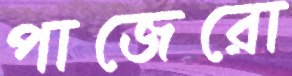
পাজেরো